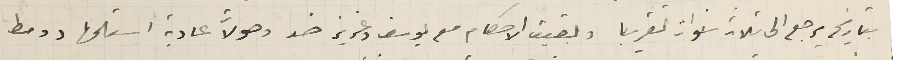
بتاريخ يرجع الى ثلاث سنوات تقريبا وبقيت الاحكام مع يوسف وعزيز ضد وصولات عادية استلمها دومط